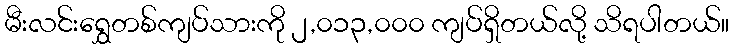
မီးလင်းရွှေတစ်ကျပ်သားကို ၂,၀၁၃,၀၀၀ ကျပ်ရှိတယ်လို့ သိရပါတယ်။